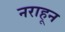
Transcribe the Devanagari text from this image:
नराहून